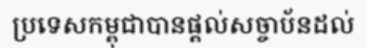
ប្រទេសកម្ពុជាបានផ្តល់សច្ចាប័នដល់